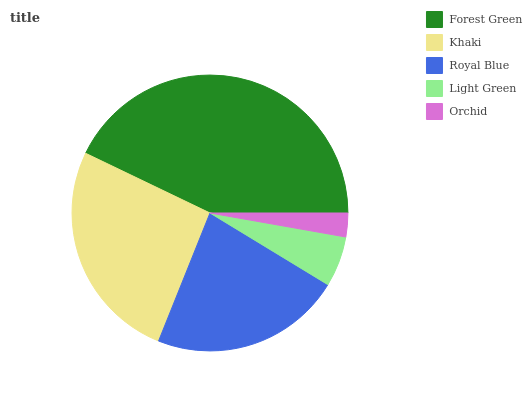
| Forest Green | Khaki | Royal Blue | Light Green | Orchid |
 | --- | --- | --- | --- | --- |
 | 42.8% | 26.1% | 22.4% | 5.9% | 2.78% |